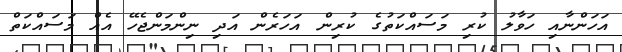
އަހަންނާއި ހަވާލު ކުރި މަސައްކަތުގެ ކުރިން އަހަރެން އަދި ނިންމަންޖެހޭ އެއް މަސައްކަތް